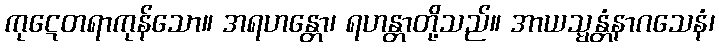
ကုဋေတရာကုန်သော။ အရဟန္တော၊ ရဟန္တာတို့သည်။ အာယသ္မန္တံနာဂသေနံ၊